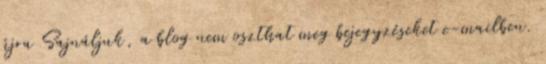
újra Sajnáljuk, a blog nem oszthat meg bejegyzéseket e-mailben.